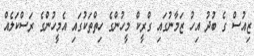
ޒިއުސް ގެ ބުދު އިހު ޒަމާނުގައި ގްރީކް މީހުންގެ ހިތްތަކުގައި އެމީހުންގެ ރަސްކަލެއް